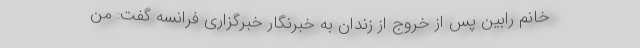
خانم رابین پس از خروج از زندان به خبرنگار خبرگزاری فرانسه گفت: من